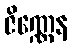
ဇိဏ္ဏေန